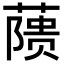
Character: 𬞘